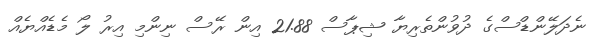
ނެދަލޭންޑްސްގެ ދުވުންތެރިޔާ ޝިޕާސް 21.88 އިން ރޭސް ނިންމި އިރު ލޯ މެޑެއްޔެއް